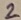
Text: 2